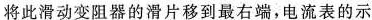
将此滑动变阻器的滑片移到最右端，电流表的示